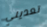
تعديني